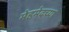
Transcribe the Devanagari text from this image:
मेहमेदच्या